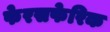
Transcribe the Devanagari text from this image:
फेरसफेरिक